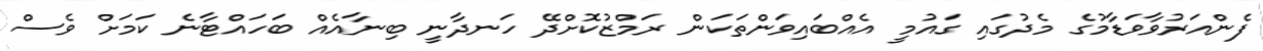
ފެންއަރުވާވަޑާމުގެ މެދުގައި ގައުމީ އެއްބައިވަންތަކަން ރަމްޒުކޮށްދޭ ހަނދާނީ ބިނާއެއް ބަހައްޓާނެ ކަމަށް ވެސް